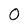
Character: 0